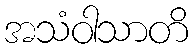
အသံဝါသာတိ